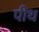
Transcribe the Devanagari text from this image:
पीथ